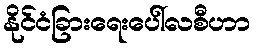
နိုင်ငံခြားရေးပေါ်လစီဟာ